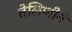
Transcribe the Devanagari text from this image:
तेलिणीने